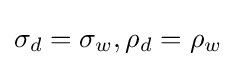
{\textstyle \sigma _{d}=\sigma _{w},\rho _{d}=\rho _{w}}